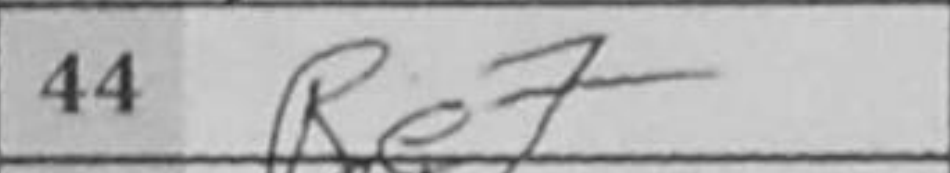
Transcription: Re7